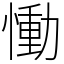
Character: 慟